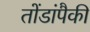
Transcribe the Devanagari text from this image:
तोंडांपैकी